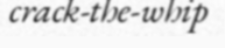
crack-the-whip